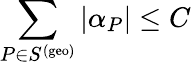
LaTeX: \sum_{P\in S^{(\mathrm{geo})}}|\alpha_{P}|\leq C